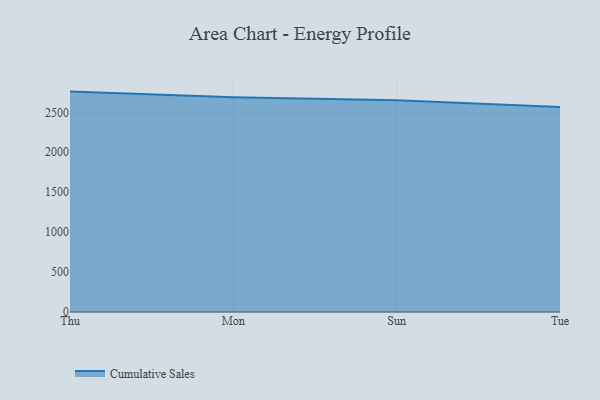
{"axis": {"x": "Day", "y": "Production Output"}, "legend": ["Cumulative Sales"], "data": [{"x": "Thu", "y": 2759.9, "type": "Cumulative Sales"}, {"x": "Mon", "y": 2688.4, "type": "Cumulative Sales"}, {"x": "Sun", "y": 2652.7, "type": "Cumulative Sales"}, {"x": "Tue", "y": 2566.2, "type": "Cumulative Sales"}]}